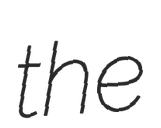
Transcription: the